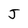
Character: J